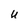
Character: U